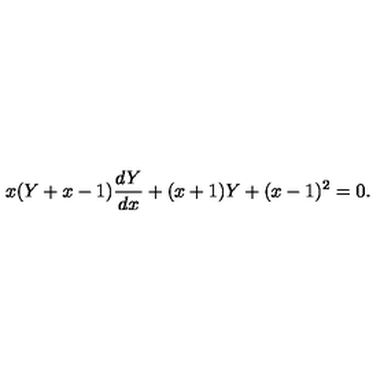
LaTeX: x ( Y + x - 1 ) \frac { d Y } { d x } + ( x + 1 ) Y + ( x - 1 ) ^ { 2 } = 0 .